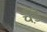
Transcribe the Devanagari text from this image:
चैडे़